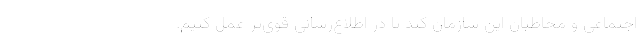
اجتماعی و مخاطبان این سازمان کند تا در اطلاع‌رسانی قوی‌تر عمل کنیم.